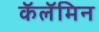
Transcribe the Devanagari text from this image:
कॅलॅमिन